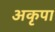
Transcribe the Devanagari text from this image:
अकृपा